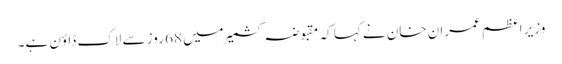
وزیر اعظم عمران خان نے کہا کہ مقبوضہ کشمیر میں 68 روز سے لاک ڈاؤن ہے۔